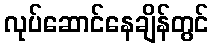
လုပ်ဆောင်နေချိန်တွင်